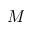
M